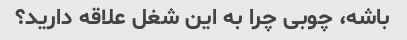
باشه، چوبی چرا به این شغل علاقه دارید؟